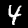
Label: 4